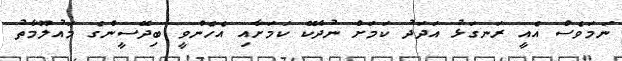
ނަމަވެސް އެއީ ރަނގަޅު އަދަދު ކަމަށް ނުދެކޭ ކަމަށާއި އެހެންވީ ބިދޭސީންގެ މައުލޫމާތު